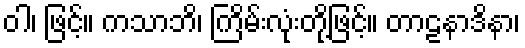
ဝါ၊ ဖြင့်။ ကသာဘိ၊ ကြိမ်းလုံးတို့ဖြင့်။ တာဠနာဒိနာ၊